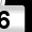
Digit: 6